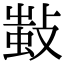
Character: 𢾫